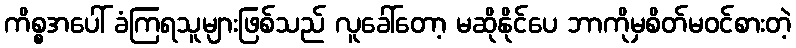
ကိစ္စအပေါ် ခံကြရသူများဖြစ်သည် လူခေါ်တော့ မဆိုနိုင်ပေ ဘာကိုမှစိတ်မဝင်စားတဲ့